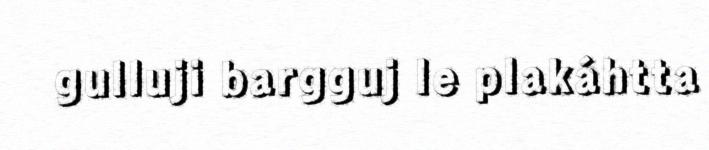
gulluji bargguj le plakáhtta